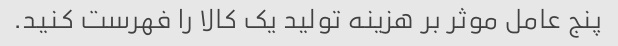
پنج عامل موثر بر هزینه تولید یک کالا را فهرست کنید.